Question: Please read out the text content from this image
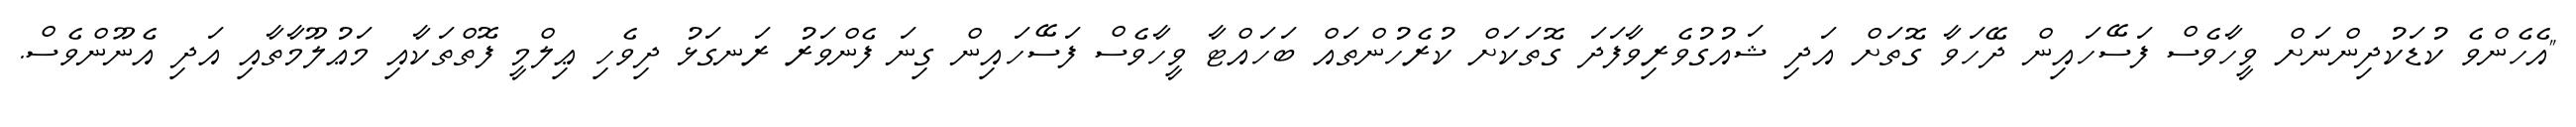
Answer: "އެހެންވެ ކުޑަކުދިންނަށް ވީހާވެސް ފަސޭހައިން ދޭހަވާ ގޮތަށް އަދި ޝައުގުވެރިވާފަދަ ގޮތަކަށް ކުރެހުންތައް ބަހައްޓާ ވީހާވެސް ފަސޭހައިން ގިނަ ފެންވަރު ރަނގަޅު ދިވެހި ޢިލްމީ ފޮތްތަކާއި މަޢުލޫމާތާއި އަދި އެނޫންވެސް.